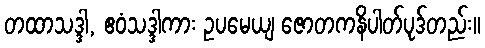
တထာသဒ္ဒါ, ဧဝံသဒ္ဒါကား ဥပမေယျ ဇောတကနိပါတ်ပုဒ်တည်း။